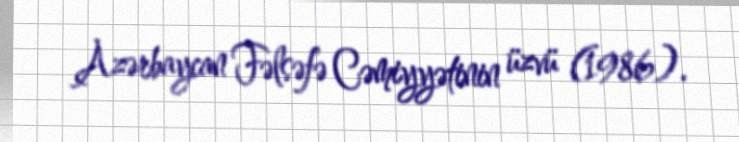
Azərbaycan Fəlsəfə Cəmiyyətinin üzvü (1986).